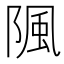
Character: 𨺢